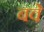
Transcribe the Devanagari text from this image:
बवे